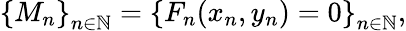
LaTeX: \left\{ M_{n}\right\} _{n\in\mathbb{N}}=\left\{ F_{n}(x_{n},y_{n})=0\right\} _{n\in\mathbb{N}},